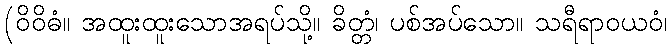
(ဝိဝိဓံ။ အထူးထူးသောအရပ်သို့။ ခိတ္တံ၊ ပစ်အပ်သော။ သရီရာဝယဝံ၊